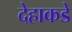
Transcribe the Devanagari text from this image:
देहाकडे